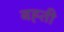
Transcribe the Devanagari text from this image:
बह्ती